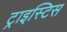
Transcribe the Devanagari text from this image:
ट्राइस्टिस